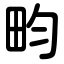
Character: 畇